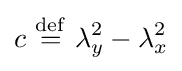
c\ {\stackrel {\mathrm {def} }{=}}\ \lambda _{y}^{2}-\lambda _{x}^{2}